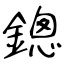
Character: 鏓